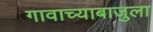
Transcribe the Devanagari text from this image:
गावाच्याबाजुला